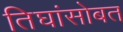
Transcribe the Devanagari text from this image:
तिघांसोबत